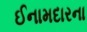
ઈનામદારના